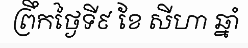
ព្រឹកថ្ងៃទី៩ ខែ សីហា ឆ្នាំ